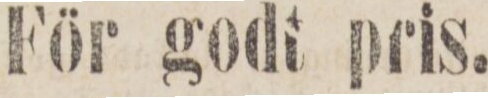
För godt pris.